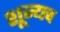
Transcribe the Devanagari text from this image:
शून्यच